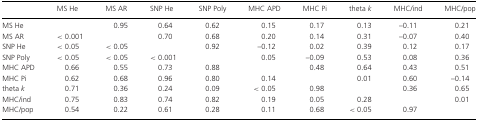
|  | MS He | MS AR | SNP He | SNP Poly | MHC APD | MHC Pi | theta k | MHC/ind | MHC/pop |
 | --- | --- | --- | --- | --- | --- | --- | --- | --- | --- |
 | MS He |  | 0.95 | 0.64 | 0.62 | 0.15 | 0.17 | 0.13 | –0.11 | 0.21 |
 | MS AR | <0.001 |  | 0.70 | 0.68 | 0.20 | 0.14 | 0.31 | –0.07 | 0.40 |
 | SNP He | <0.05 | <0.05 |  | 0.92 | –0.12 | 0.02 | 0.39 | 0.12 | 0.17 |
 | SNP Poly | <0.05 | <0.05 | <0.001 |  | 0.05 | –0.09 | 0.53 | 0.08 | 0.36 |
 | MHC APD | 0.66 | 0.55 | 0.73 | 0.88 |  | 0.48 | 0.64 | 0.43 | 0.51 |
 | MHC Pi | 0.62 | 0.68 | 0.96 | 0.80 | 0.14 |  | 0.01 | 0.60 | –0.14 |
 | theta k | 0.71 | 0.36 | 0.24 | 0.09 | <0.05 | 0.98 |  | 0.36 | 0.65 |
 | MHC/ind | 0.75 | 0.83 | 0.74 | 0.82 | 0.19 | 0.05 | 0.28 |  | 0.01 |
 | MHC/pop | 0.54 | 0.22 | 0.61 | 0.28 | 0.11 | 0.68 | <0.05 | 0.97 |  |